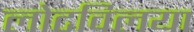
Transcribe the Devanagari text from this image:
लोटविलया